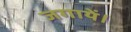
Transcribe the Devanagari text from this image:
जगायें।